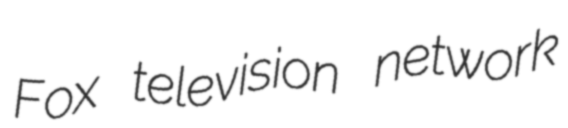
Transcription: Fox television network